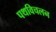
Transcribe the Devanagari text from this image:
पथविचलन